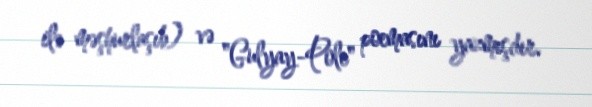
ilə məşhurlaşıb) və "Gulyay-Pole" poemasını yazmışdır.